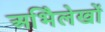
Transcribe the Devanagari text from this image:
अभिेलेखों